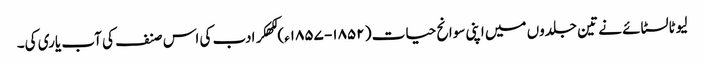
لیوٹالسٹائے نے تین جلدوں میں اپنی سوانح حیات ( ۱۸۵۲- ۱۸۵۷ء) لکھکر ادب کی اس صنف کی آب یاری کی۔